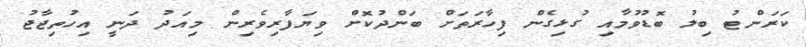
ކަރަންޓު ބިލު ބޮޑުވުމާއި ގުޅިގެން ފިހާރަތަށް ބަންދުކޮށް ވިޔަފާރިވެރިން މިއަދު ދަނީ އިހުތިޖާޖު